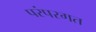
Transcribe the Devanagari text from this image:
परंपरगत